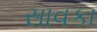
સાવકા